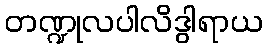
တဏ္ဍုလပါလိဒွါရာယ